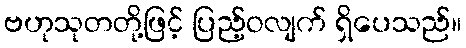
ဗဟုသုတတို့ဖြင့် ပြည့်ဝလျက် ရှိပေသည်။